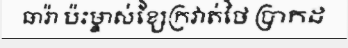
ធារ៉ា ប៉ះម្ចាស់ខ្សែក្រវាត់ថៃ ប្រាកដ